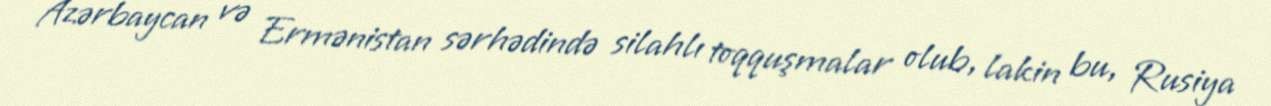
Azərbaycan və Ermənistan sərhədində silahlı toqquşmalar olub, lakin bu, Rusiya